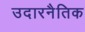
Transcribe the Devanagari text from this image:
उदारनैतिक